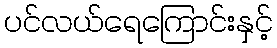
ပင်လယ်ရေကြောင်းနှင့်